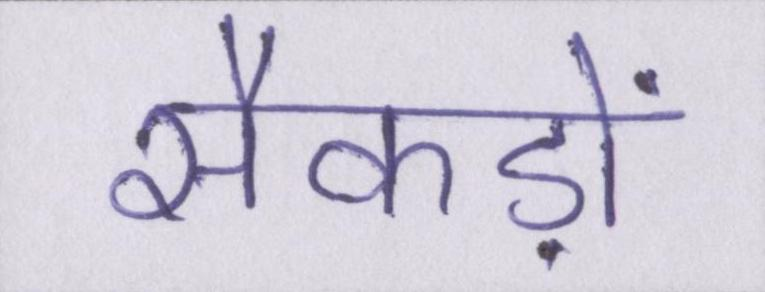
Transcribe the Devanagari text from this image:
सैकड़ों